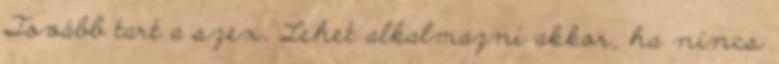
Tovább tart a szex. Lehet alkalmazni akkor, ha nincs